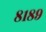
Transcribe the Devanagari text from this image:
८१८९